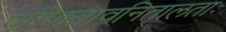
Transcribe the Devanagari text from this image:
पण्डितावनितालताः